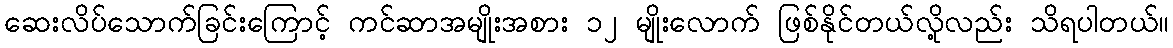
ဆေးလိပ်သောက်ခြင်းကြောင့် ကင်ဆာအမျိုးအစား ၁၂ မျိုးလောက် ဖြစ်နိုင်တယ်လို့လည်း သိရပါတယ်။